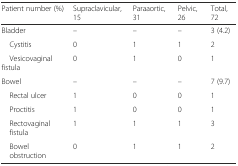
| Patient number (%) | Supraclavicular, 15 | Paraaortic, 31 | Pelvic, 26 | Total, 72 |
 | --- | --- | --- | --- | --- |
 | Bladder | – | – | – | 3 (4.2) |
 | Cystitis | 0 | 1 | 1 | 2 |
 | Vesicovaginal fistula | 0 | 1 | 0 | 1 |
 | Bowel | – | – | – | 7 (9.7) |
 | Rectal ulcer | 1 | 0 | 0 | 1 |
 | Proctitis | 1 | 0 | 0 | 1 |
 | Rectovaginal fistula | 1 | 1 | 1 | 3 |
 | Bowel obstruction | 0 | 1 | 1 | 2 |